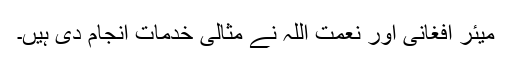
میئر افغانی اور نعمت اللہ نے مثالی خدمات انجام دی ہیں۔